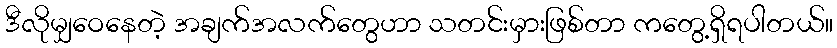
ဒီလိုမျှဝေနေတဲ့ အချက်အလက်တွေဟာ သတင်းမှားဖြစ်တာ ကတွေ့ရှိရပါတယ်။